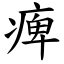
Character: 痺